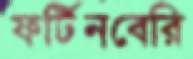
ফর্টিনবেরি